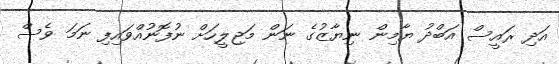
އަދި ރައީސް އަބްދު ޔާމިން ނިޔާޒުގެ ނަން މަޖިލީހަށް ނުފޮނުއްވައިފި ނަމަ ވެސް